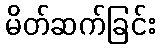
မိတ်ဆက်ခြင်း